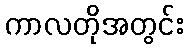
ကာလတိုအတွင်း